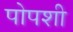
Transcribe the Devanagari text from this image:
पोपशी